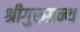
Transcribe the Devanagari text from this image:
श्रीगुरुग्रन्थ